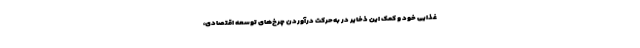
غذایی خود و کمک این ذخایر در به‌حرکت درآوردن چرخ‌های توسعه اقتصادی،